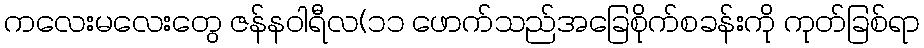
ကလေးမလေးတွေ ဇန်နဝါရီလ(၁၁ ဖောက်သည်အခြေစိုက်စခန်းကို ကုတ်ခြစ်ရာ